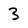
Character: 3